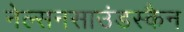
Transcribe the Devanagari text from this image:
नेल्सनसाउंडस्कैन